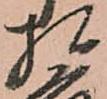
相